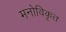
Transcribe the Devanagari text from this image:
मनोविकृत